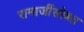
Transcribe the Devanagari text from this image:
रामाजींसोबत